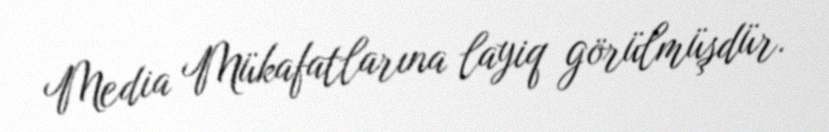
Media Mükafatlarına layiq görülmüşdür.